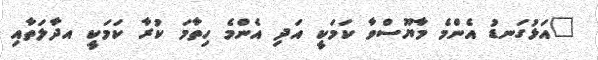
"އަޅުގަނޑު އެންމެ މާޔޫސްވާ ކަމަކީ އަދި އެންމެ ހިތާމަ ކުރާ ކަމަކީ އދާލަތާއި